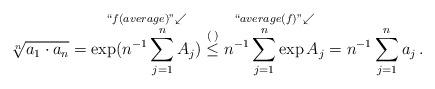
LaTeX: \begin{align*}\root n\of{a_1 \cdot a_n} = \overset {``f(average)" \swarrow} {\exp (n^{-1}\sum_{j=1}^nA_j)} \overset {(\, )} \le \overset {``average(f)"\swarrow} {n^{-1}\sum_{j=1}^n\exp A_j} =n^{-1}\sum_{j=1}^na_j\, . \end{align*}